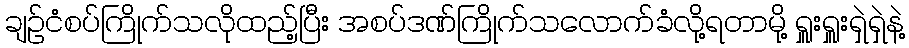
ချဉ်ငံစပ်ကြိုက်သလိုထည့်ပြီး အစပ်ဒဏ်ကြိုက်သလောက်ခံလို့ရတာမို့ ရှူးရှူးရှဲရှဲနဲ့